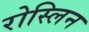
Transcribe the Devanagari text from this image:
रोस्लिन